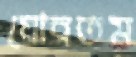
ঘোরতম